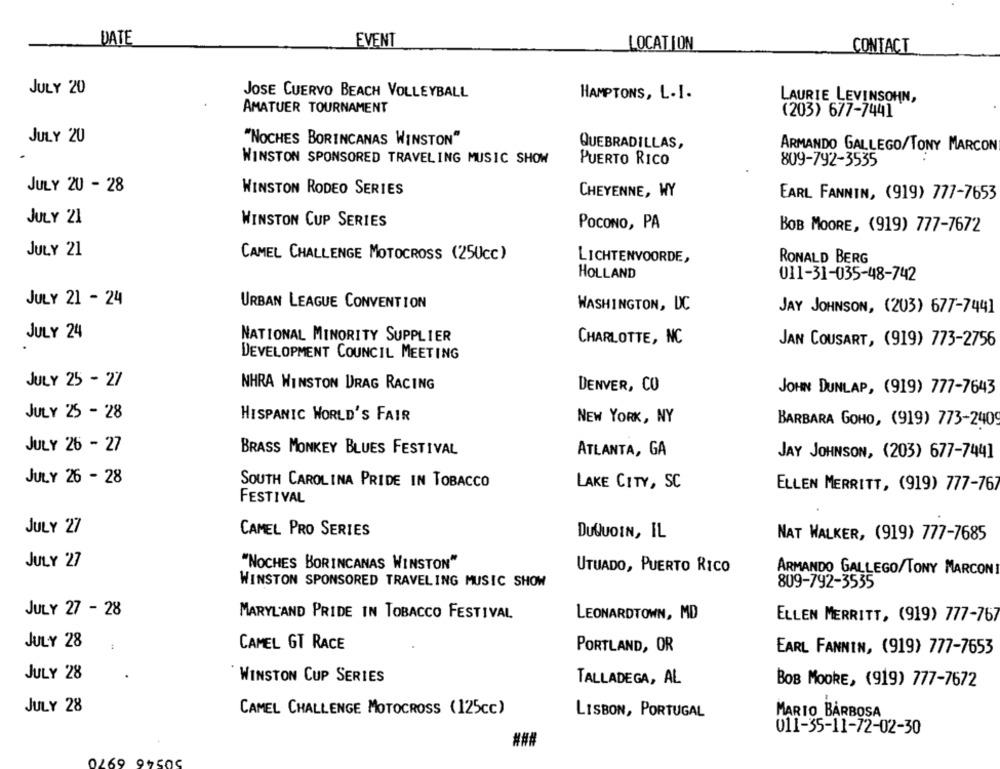
DATE
EVENT
LOCATION
CONTACT
JULY 20
JOSE CUERVO BEACH VOLLEYBALL
HAMPTONS, L.I.
LAURIE LEVINSOHN,
AMATUER TOURNAMENT
(203) 677-7441
JULY 20
"NOCHES BORINCANAS WINSTON"
QUEBRADILLAS,
ARMANDO GALLEGO/TONY MARCON
WINSTON SPONSORED TRAVELING MUSIC SHOW
PUERTO RICO
809-792-3535
JULY 20 - 28
WINSTON RODEO SERIES
CHEYENNE, WY
EARL FANNIN, (919) 777-7653
JULY 21
WINSTON CUP SERIES
POCONO, PA
BOB MOORE, (919) 777-7672
JULY 21
CAMEL CHALLENGE MOTOCROSS (250cc)
LICHTENVOORDE,
RONALD BERG
HOLLAND
011-31-035-48-742
JULY 21 - 24
URBAN LEAGUE CONVENTION
WASHINGTON, DC
JAY JOHNSON, (203) 677-7441
JULY 24
NATIONAL MINORITY SUPPLIER
CHARLOTTE, NC
JAN COUSART, (919) 773-2756
DEVELOPMENT COUNCIL MEETING
JULY 25 - 27
NHRA WINSTON DRAG RACING
DENVER, CO
JOHN DUNLAP, (919) 777-7643
JULY 25 - 28
HISPANIC WORLD'S FAIR
NEW YORK, NY
BARBARA GOHO, (919) 773-2409
JULY 26 - 27
BRASS MONKEY BLUES FESTIVAL
ATLANTA, GA
JAY JOHNSON, (203) 677-744]
JULY 26 - 28
SOUTH CAROLINA PRIDE IN TOBACCO
LAKE CITY, SC
ELLEN MERRITT, (919) 777-76
FESTIVAL
JULY 27
CAMEL PRO SERIES
DUQUOIN, IL
NAT WALKER, (919) 777-7685
JULY 27
"NOCHES BORINCANAS WINSTON"
UTUADO, PUERTO RICO
ARMANDO GALLEGO/TONY MARCON
WINSTON SPONSORED TRAVELING MUSIC SHOW
809-792-3535
JULY 27 - 28
MARYL'AND PRIDE IN TOBACCO FESTIVAL
LEONARDTOWN, MD
ELLEN MERRITT, (919) 777-767
JULY 28
CAMEL GT RACE
PORTLAND, OR
EARL FANNIN, (919) 777-7653
JULY 28
WINSTON CUP SERIES
TALLADEGA, AL
BOB MOORE, (919) 777-7672
JULY 28
CAMEL CHALLENGE MOTOCROSS (125cc)
LISBON, PORTUGAL
MARIO BARBOSA
011-35-11-72-02-30
###
0269 91505